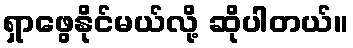
ရှာဖွေနိုင်မယ်လို့ ဆိုပါတယ်။